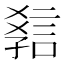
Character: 𧧿